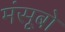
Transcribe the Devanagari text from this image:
मंसूबो